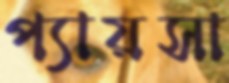
প্যায়সা